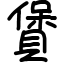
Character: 賲